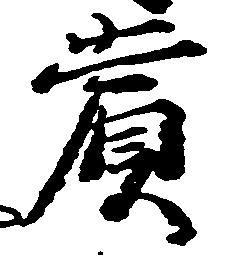
賞